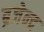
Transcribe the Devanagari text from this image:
ब्रजेन्‍द्र